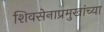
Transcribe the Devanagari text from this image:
शिवसेनाप्रमुखांच्या